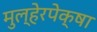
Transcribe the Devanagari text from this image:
मुल्हेरपेक्षा